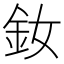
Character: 釹